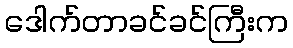
ဒေါက်တာခင်ခင်ကြီးက